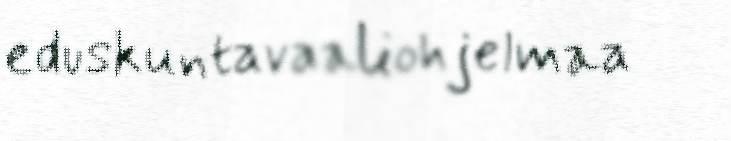
eduskuntavaaliohjelmaa